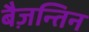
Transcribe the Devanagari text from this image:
बैज़न्तिन